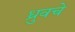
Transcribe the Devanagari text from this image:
ध्रुवचे